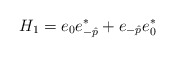
\begin{align*}H_1 = e_0 e_{-\hat{p}}^* + e_{-\hat{p}}e_0^*\end{align*}